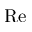
\mathrm { R e }